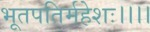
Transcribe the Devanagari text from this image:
भूतपतिर्महेशः।।।।